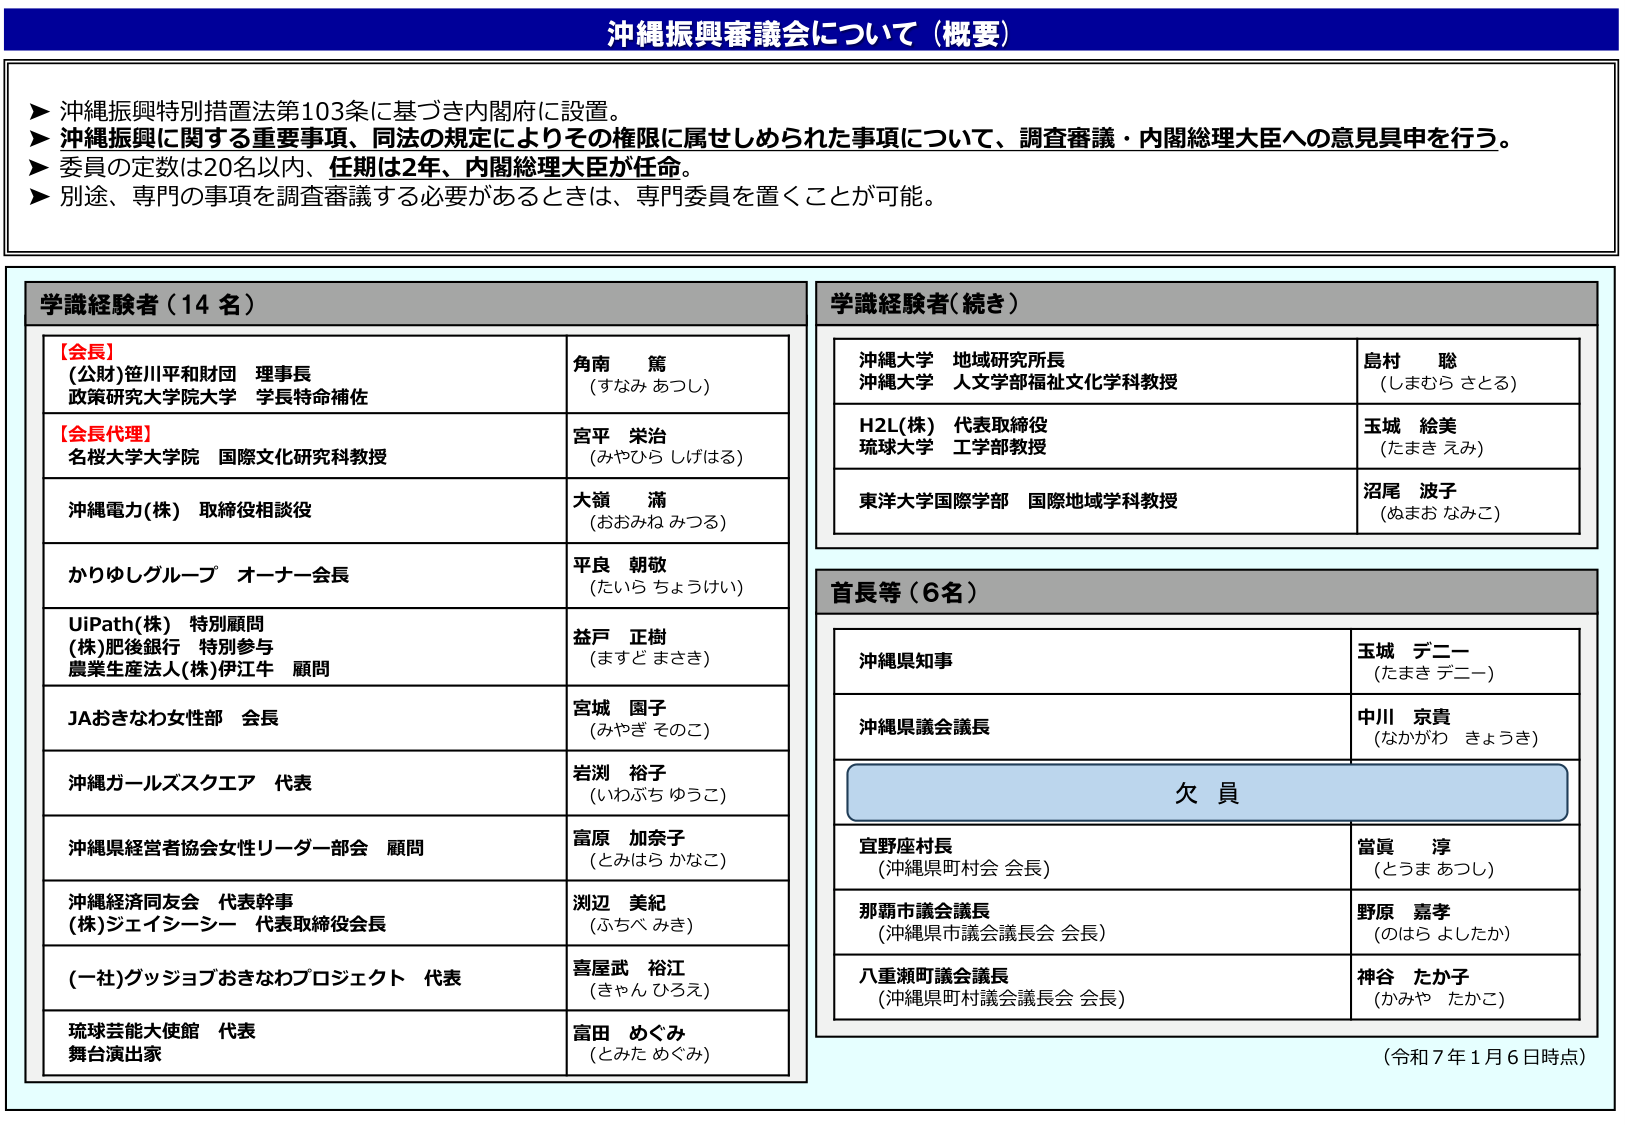
沖縄振興審議会について（概要）

▶ 沖縄振興特別措置法第103条に基づき内閣府に設置。
▶ 沖縄振興に関する重要事項、同法の規定によりその権限に属せしめられた事項について、調査審議・内閣総理大臣への意見具申を行う。
▶ 委員の定数は20名以内、任期は2年、内閣総理大臣が任命。
▶ 別途、専門の事項を調査審議する必要があるときは、専門委員を置くことが可能。

学識経験者（14名）

【会員】
（公財）笹川平和財団 理事長
政策研究大学院大学 学長特命補佐
角南 篤
（すなみ あつし）

【会長代理】
名桜大学大学院 国際文化研究科教授
宮平 栄治
（みやひら しげはる）

沖縄電力（株） 取締役相談役
大嶺 満
（おおみね みつる）

かりゆしグループ オーナー会長
平良 朝敬
（たいら ちょうけい）

UiPath（株） 特別顧問
（株）肥後銀行 特別参与
農業生産法人（株）伊江牛 顧問
益戸 正樹
（ますど まさき）

JAおきなわ女性部 会長
宮城 園子
（みやぎ そのこ）

沖縄ガールズスクエア 代表
岩渕 裕子
（いわぶち ゆうこ）

沖縄県経営者協会女性リーダー部会 顧問
富原 加奈子
（とみはら かなこ）

沖縄経済同友会 代表幹事
（株）ジェイシーシー 代表取締役会長
渕辺 美紀
（ふちべ みき）

（一社）グッジョブおきなわプロジェクト 代表
喜屋武 裕江
（きゃん ひろえ）

琉球芸能大使館 代表
舞台演出家
富田 めぐみ
（とみた めぐみ）

学識経験者（続き）

沖縄大学 地域研究所長
沖縄大学 人文学部福祉文化学科教授
島村 聡
（しまむら さとる）

H2L（株） 代表取締役
琉球大学 工学部教授
玉城 絵美
（たまき えみ）

東洋大学国際学部 国際地域学科教授
沼尾 波子
（ぬまお なみこ）

首長等（6名）

沖縄県知事
玉城 デニー
（たまき デニー）

沖縄県議会議長
中川 京貴
（なかがわ きょうき）

欠員

宜野座村長
（沖縄県村村会 会長）
當眞 淳
（とうま あつし）

那覇市議会議長
（沖縄県市議会議長会 会長）
野原 嘉孝
（のはら よしたか）

八重瀬町議会議長
（沖縄県町村議会議長会 会長）
神谷 たか子
（かみや たかこ）

（令和7年1月6日時点）